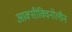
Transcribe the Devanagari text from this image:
आक्सीक्विनोलीन